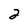
Character: 2